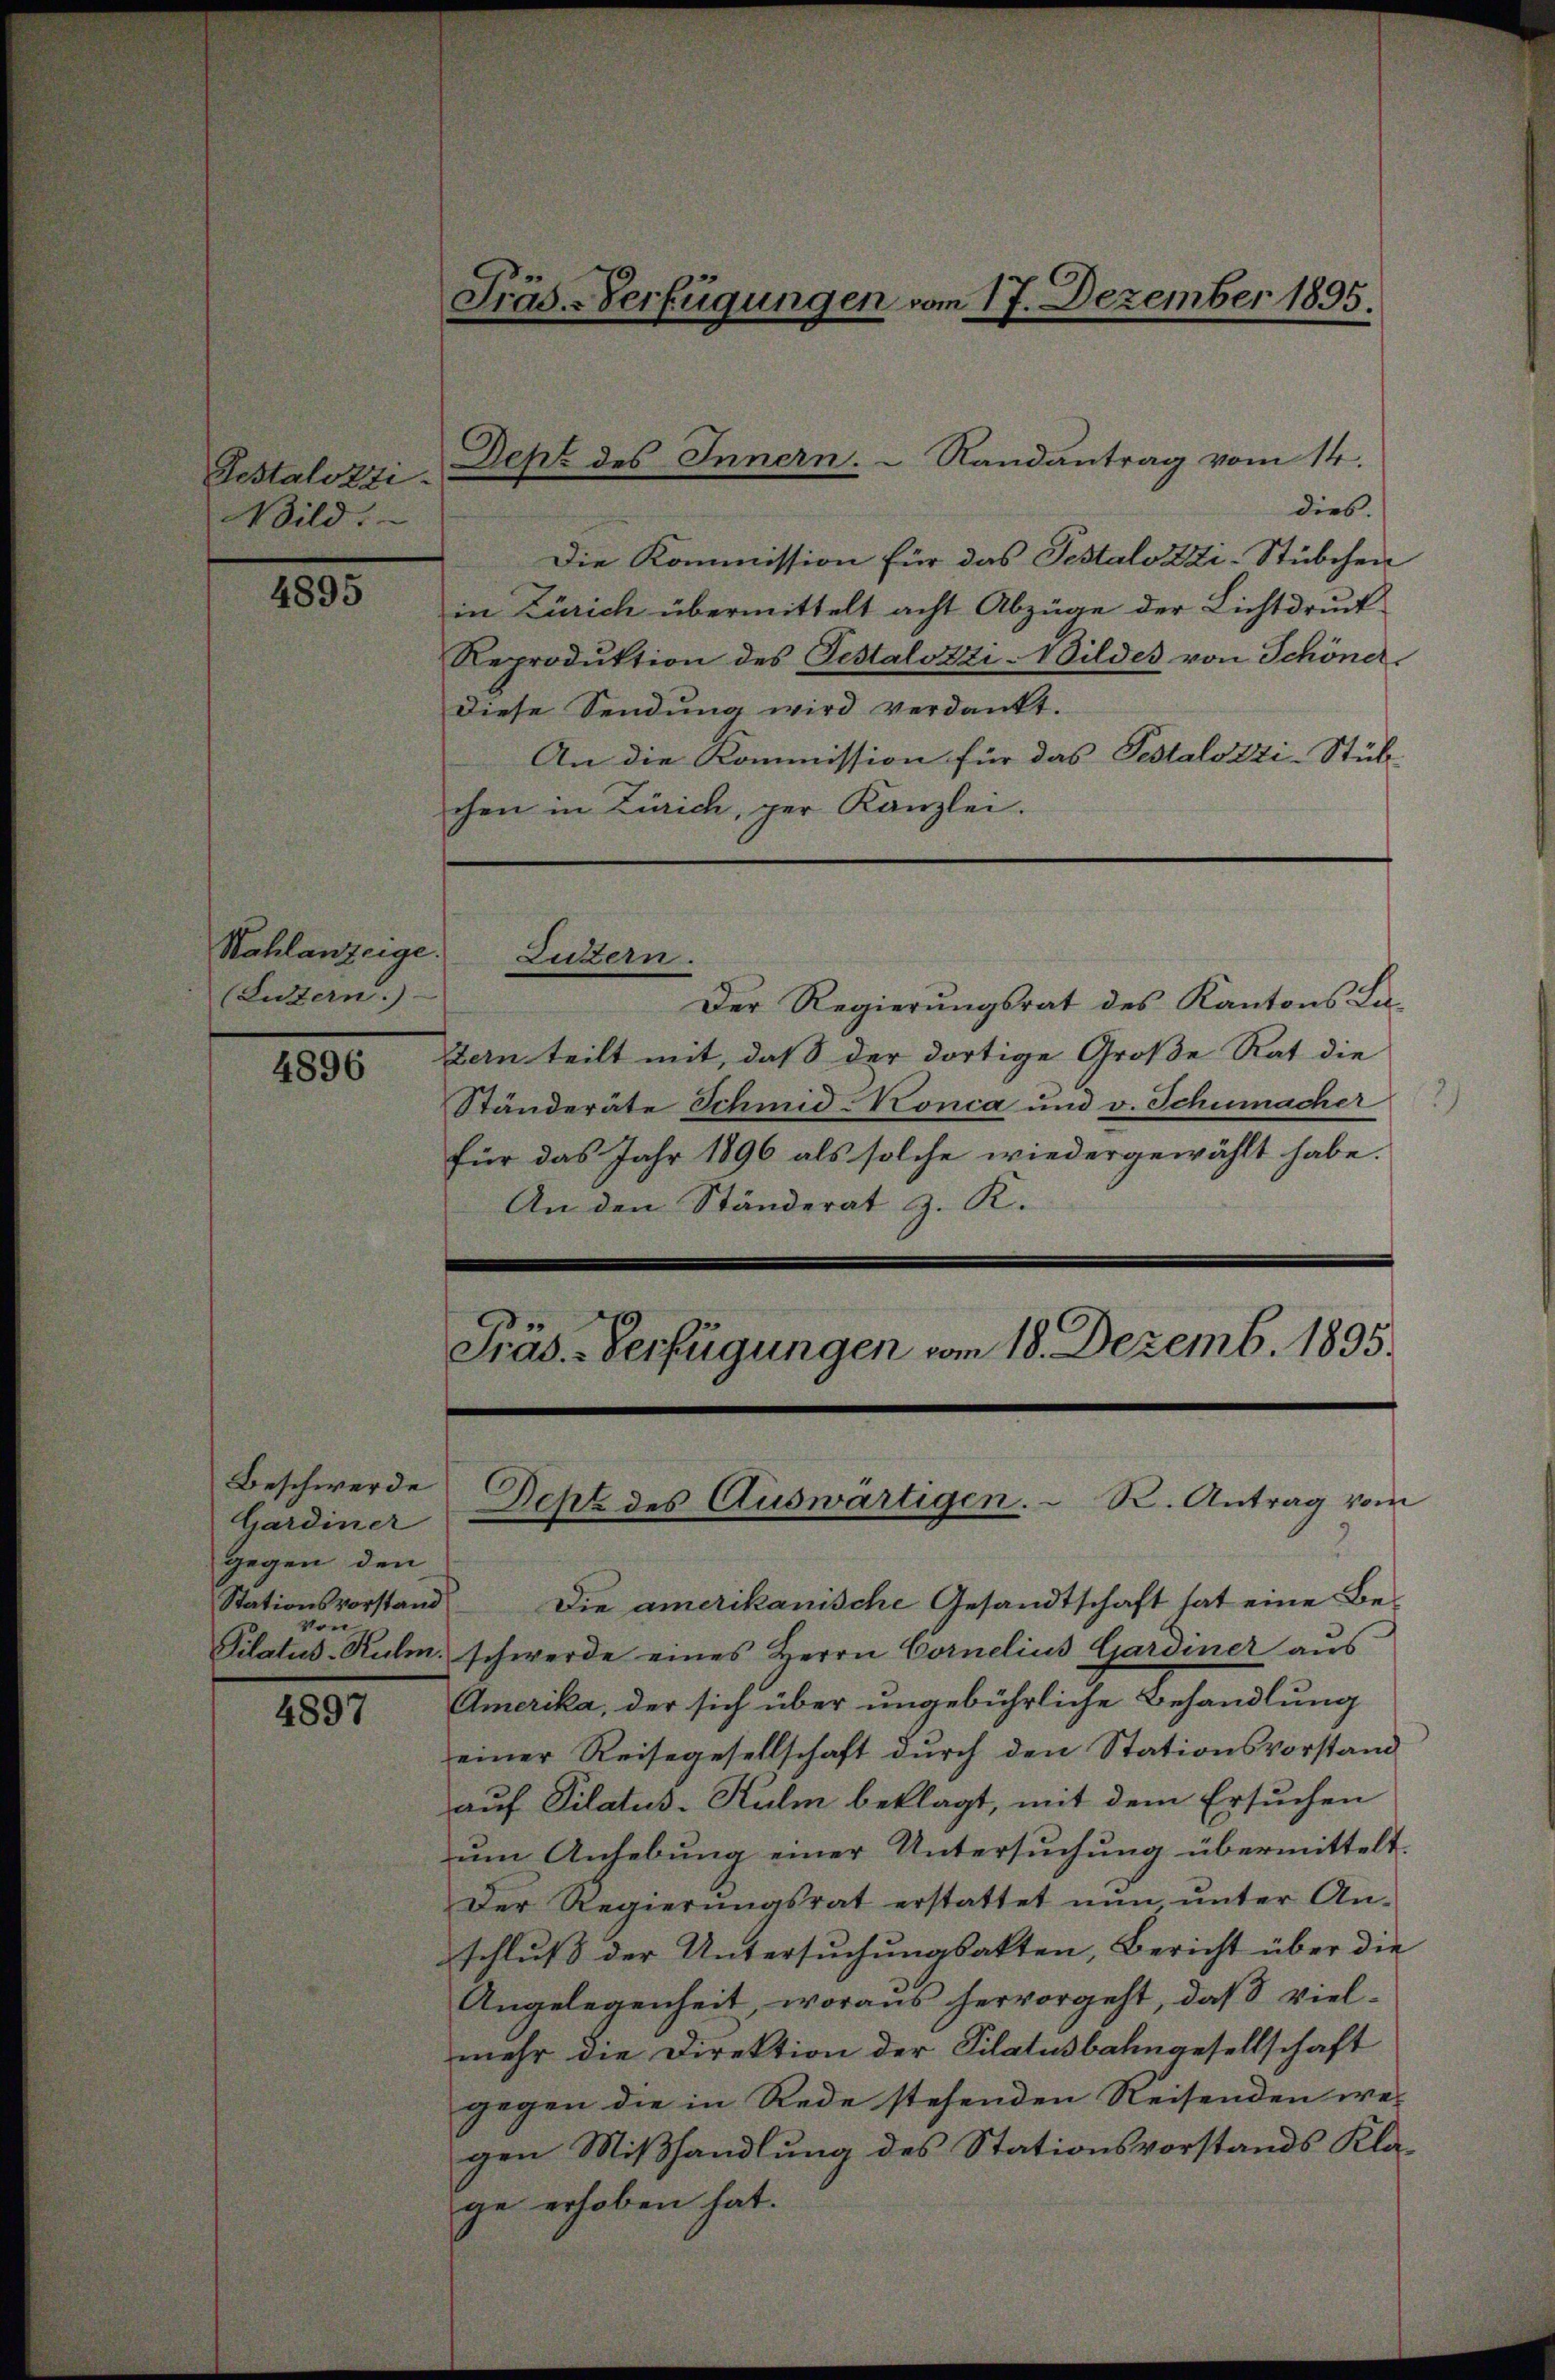
Pestalozzi.
Bild.

4895

Kahlanzeige.
(Luzern.)

4896

4897

Beschwerde
Gardiner
gegen den
Stationsvorstand
Von

Präs.-Verfügungen vom 17. Dezember 1895.

dies.
Die Kommission für das Testalozzi-Stübchen
in Zürich übermittelt acht Abzüge der Lichtdruck
Reproduktion des Testalozzi-Wildes von Schöner
diese Sendung wird verdankt.
An die Kommission für das Pestalozzi-Stük-
chen in Zürich, per Kanzlei.

Dept des Innern.  Randantrag vom 14.

Lutern.

Präs. - Verfügungen vom 18. Dezemb. 1895.

Der Regierungsrat des Kantons-La-
tern teilt mit, daß der dortige Große Rat die
Ständeräte Schmid Konca und v. Schumacher
für das Jahr 1896 als solche wiedergewählt habe.
An den Ständerat z. K.

Die amerikanische Gesandtschaft hat eine Be¬
Pilatus-Kulm, schwerde eines Herrn Cornelius Gardiner aus
Amerika, der sich über ungebührliche Behandlung
einer Reisegesellschaft dŭrch den Stationsvorstand
auf Pilatus-Kulm beklagt, mit dem Ersuchen
um Anhebung einer Untersuchung übermittelt.
Der Regierŭngsrat erstattet nŭn ŭnter An-
schluß der Untersuchungsakten, Bericht über die
Angelegenheit, woraus hervorgeht, daß vielmehr die Direktion der Pilatusbahngesellschaft
gegen die in Rede stehenden Reisenden we-
gen Mißhandlung des Stationsvorstands Klage erhoben hat.

Deht des Auswärtigen. R. Antrag vom